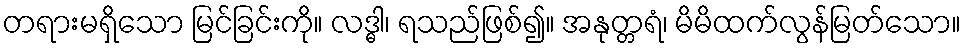
တရားမရှိသော မြင်ခြင်းကို။ လဒ္ဓါ၊ ရသည်ဖြစ်၍။ အနုတ္တရံ၊ မိမိထက်လွန်မြတ်သော။